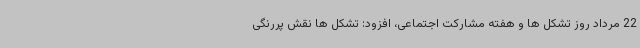
22 مرداد روز تشکل ها و هفته مشارکت اجتماعی، افزود: تشکل ها نقش پررنگی